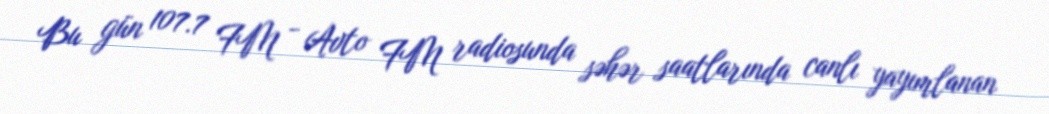
Bu gün 107.7 FM - Avto FM radiosunda səhər saatlarında canlı yayımlanan